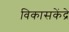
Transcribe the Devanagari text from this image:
विकासकेंद्रे